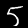
Digit: 5